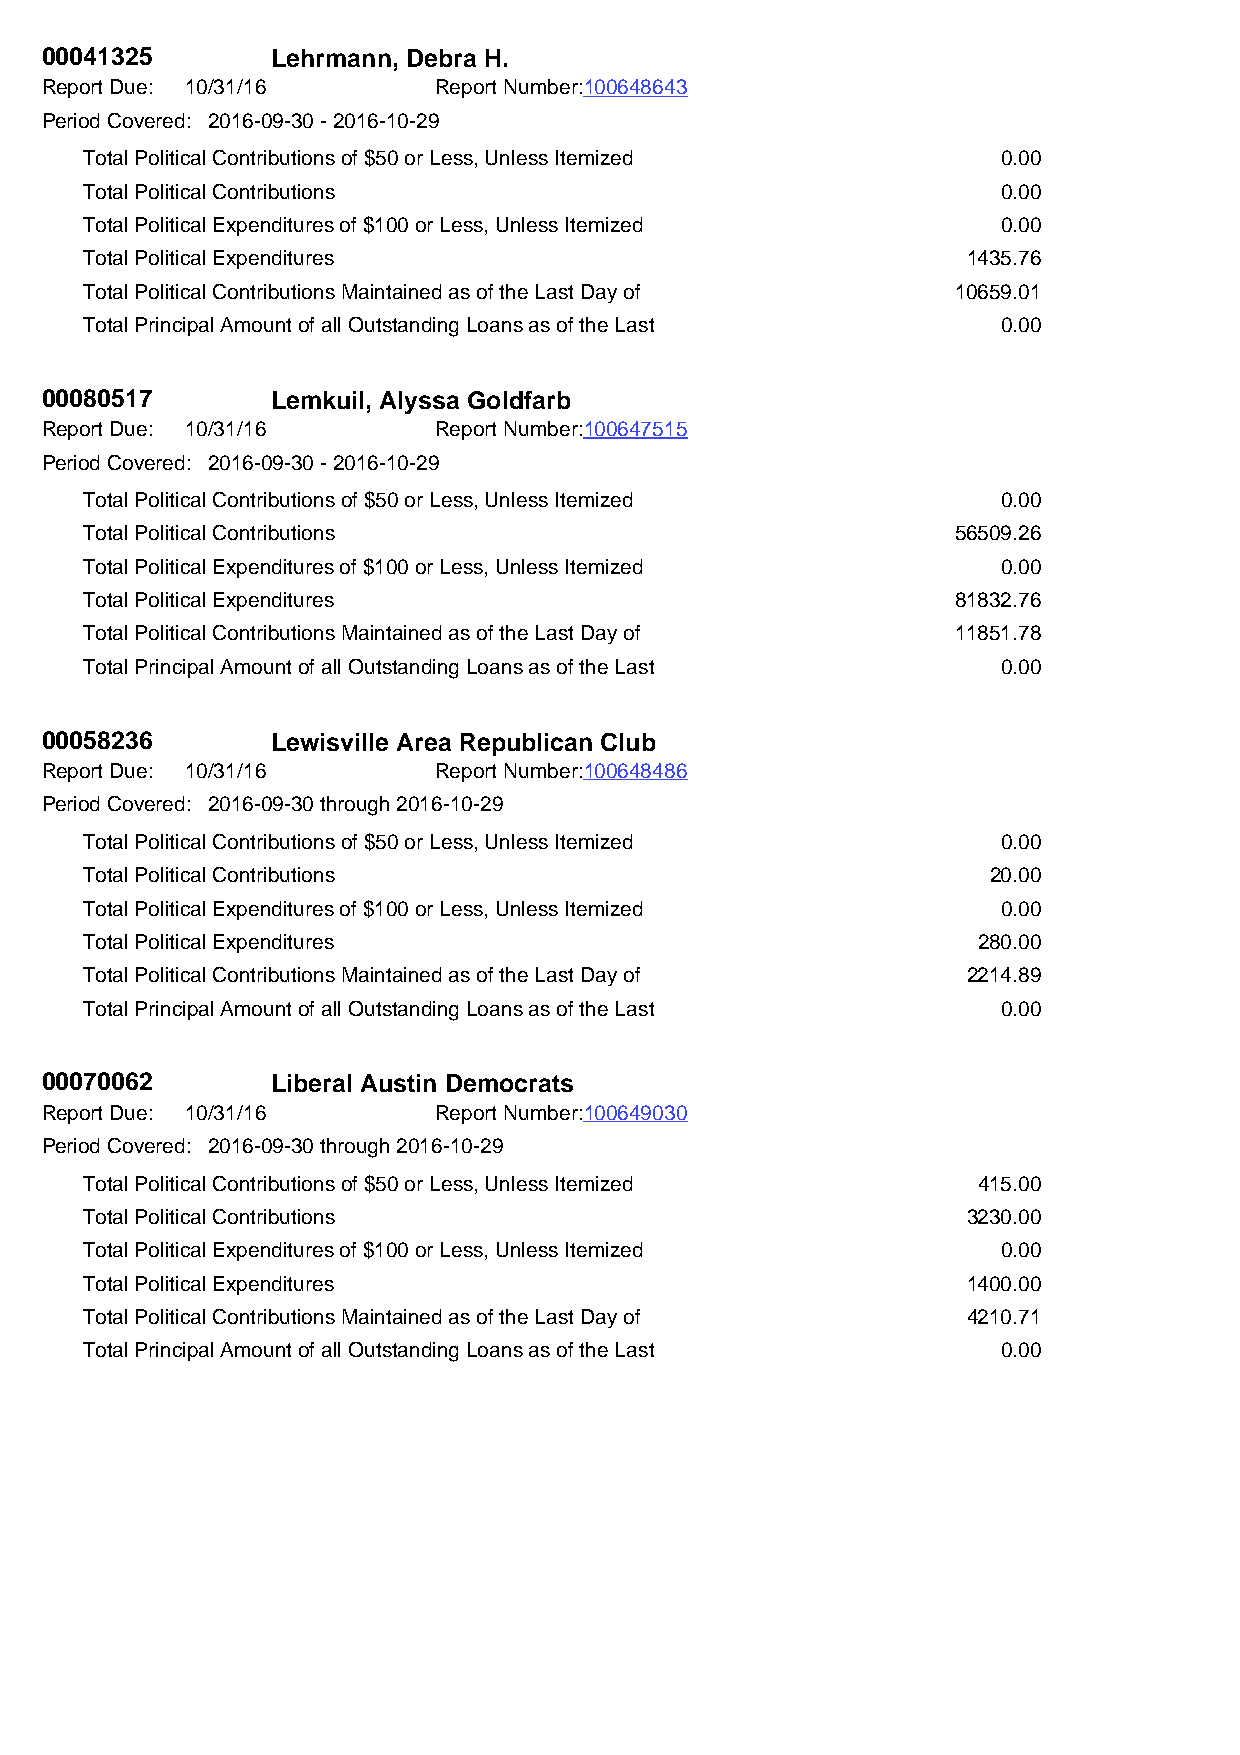
00041325       Lehrmann, Debra H.
 Report Due: 10/31/16      Report Number:100648643
 Period Covered: 2016-09-30 - 2016-10-29
 Total Political Contributions of $50 or Less, Unless Itemized 0.00
 Total Political Contributions                               0.00
 Total Political Expenditures of $100 or Less, Unless Itemized 0.00
 Total Political Expenditures                              1435.76
 Total Political Contributions Maintained as of the Last Day of 10659.01
 Total Principal Amount of all Outstanding Loans as of the Last 0.00
 00080517       Lemkuil, Alyssa Goldfarb
 Report Due: 10/31/16      Report Number:100647515
 Period Covered: 2016-09-30 - 2016-10-29
 Total Political Contributions of $50 or Less, Unless Itemized 0.00
 Total Political Contributions                            56509.26
 Total Political Expenditures of $100 or Less, Unless Itemized 0.00
 Total Political Expenditures                             81832.76
 Total Political Contributions Maintained as of the Last Day of 11851.78
 Total Principal Amount of all Outstanding Loans as of the Last 0.00
 00058236       Lewisville Area Republican Club
 Report Due: 10/31/16      Report Number:100648486
 Period Covered: 2016-09-30 through 2016-10-29
 Total Political Contributions of $50 or Less, Unless Itemized 0.00
 Total Political Contributions                               20.00
 Total Political Expenditures of $100 or Less, Unless Itemized 0.00
 Total Political Expenditures                               280.00
 Total Political Contributions Maintained as of the Last Day of 2214.89
 Total Principal Amount of all Outstanding Loans as of the Last 0.00
 00070062       Liberal Austin Democrats
 Report Due: 10/31/16      Report Number:100649030
 Period Covered: 2016-09-30 through 2016-10-29
 Total Political Contributions of $50 or Less, Unless Itemized 415.00
 Total Political Contributions                             3230.00
 Total Political Expenditures of $100 or Less, Unless Itemized 0.00
 Total Political Expenditures                              1400.00
 Total Political Contributions Maintained as of the Last Day of 4210.71
 Total Principal Amount of all Outstanding Loans as of the Last 0.00